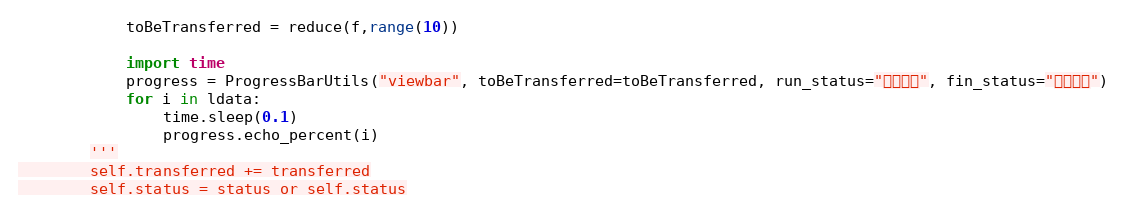
Language: Python
            toBeTransferred = reduce(f,range(10))

            import time
            progress = ProgressBarUtils("viewbar", toBeTransferred=toBeTransferred, run_status="正在下载", fin_status="下载完成")
            for i in ldata:
                time.sleep(0.1)
                progress.echo_percent(i)
        '''
        self.transferred += transferred
        self.status = status or self.status